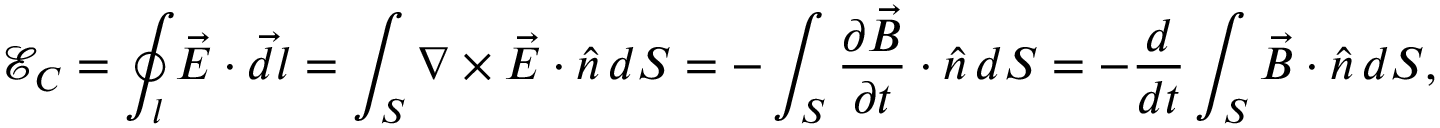
\mathcal E _ { C } = \oint _ { l } \vec { E } \cdot \vec { d l } = \int _ { S } \nabla \times \vec { E } \cdot \hat { n } \, d S = - \int _ { S } \frac { \partial \vec { B } } { \partial t } \cdot \hat { n } \, d S = - \frac { d } { d t } \int _ { S } \vec { B } \cdot \hat { n } \, d S ,